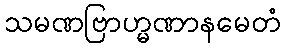
သမဏဗြာဟ္မဏာနမေတံ